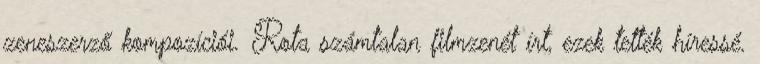
zeneszerző kompozíciói. Rota számtalan filmzenét írt, ezek tették híressé.